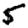
Digit: 5